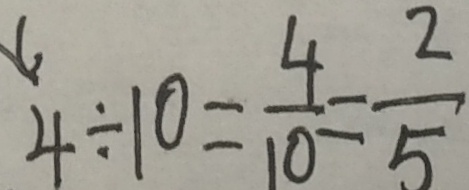
4 \div 1 0 = \frac { 4 } { 1 0 } = \frac { 2 } { 5 }